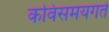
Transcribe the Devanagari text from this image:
कविसमयगते